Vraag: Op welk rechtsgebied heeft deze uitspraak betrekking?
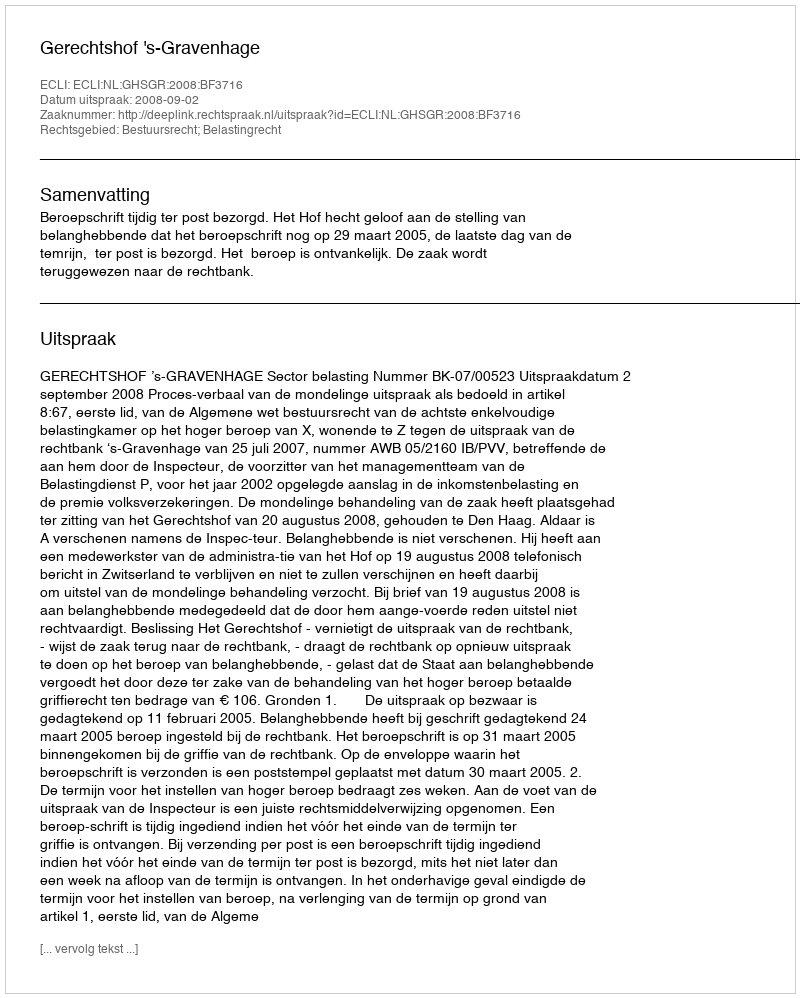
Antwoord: Bestuursrecht; Belastingrecht